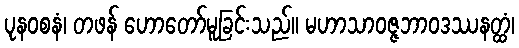
ပုနဝစနံ၊ တဖန် ဟောတော်မူခြင်းသည်။ မဟာသာဝဇ္ဇဘာဝဒဿနတ္ထံ၊